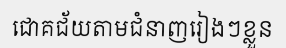
ជោគជ័យតាមជំនាញរៀងៗខ្លួន